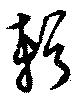
輯